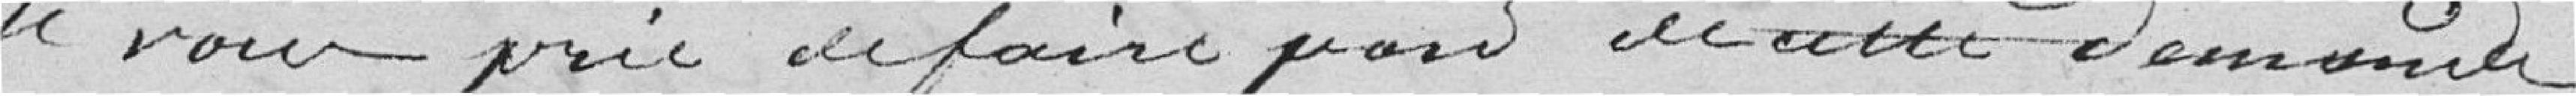
Je vous prie de faire part de cette demande